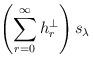
LaTeX: \begin{align*}\left( \sum_{r=0}^{\infty} h_r^{\perp} \right) s_{\lambda}\end{align*}